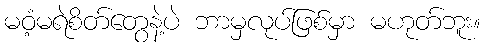
မဝံ့မရဲစိတ်တွေနဲ့ပဲ ဘာမှလုပ်ဖြစ်မှာ မဟုတ်ဘူး။